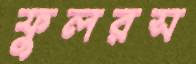
ফুলরস